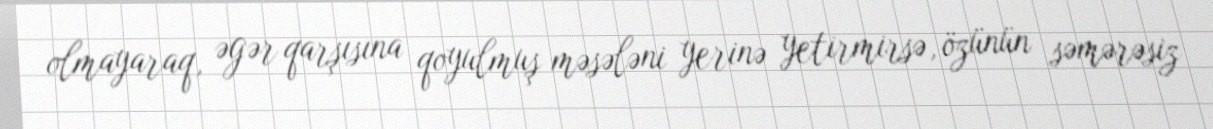
olmayaraq, əgər qarşısına qoyulmuş məsələni yerinə yetirmirsə, özünün səmərəsiz